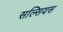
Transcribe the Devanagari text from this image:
सल्सियस